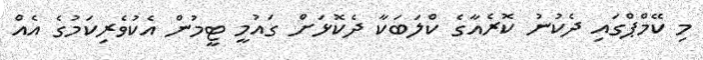
މި ކޭމްޕްގައި ދެކުނު ކޮރެއާގެ ކްލަބަކާ ދެކޮޅަށް ގައުމީ ޓީމުން އެކުވެރިކަމުގެ އެއް